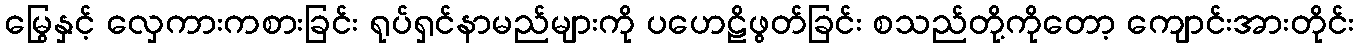
မြွေနှင့် လှေကားကစားခြင်း ရုပ်ရှင်နာမည်များကို ပဟေဠိဖွတ်ခြင်း စသည်တို့ကိုတော့ ကျောင်းအားတိုင်း